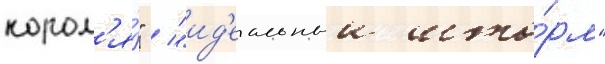
корол'я́" / "ид'еальныи што́рм"